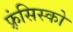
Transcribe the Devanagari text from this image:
फ़्रंसिस्को